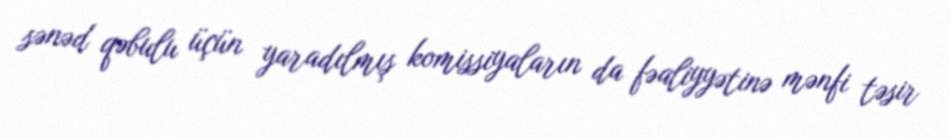
sənəd qəbulu üçün yaradılmış komissiyaların da fəaliyyətinə mənfi təsir